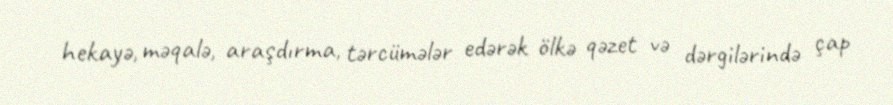
hekayə, məqalə, araşdırma, tərcümələr edərək ölkə qəzet və dərgilərində çap